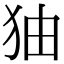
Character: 㹨